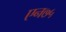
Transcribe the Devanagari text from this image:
एन७५